38_143685_box_Incident_Summaries_101-172
Agency: Department of War
Page 120
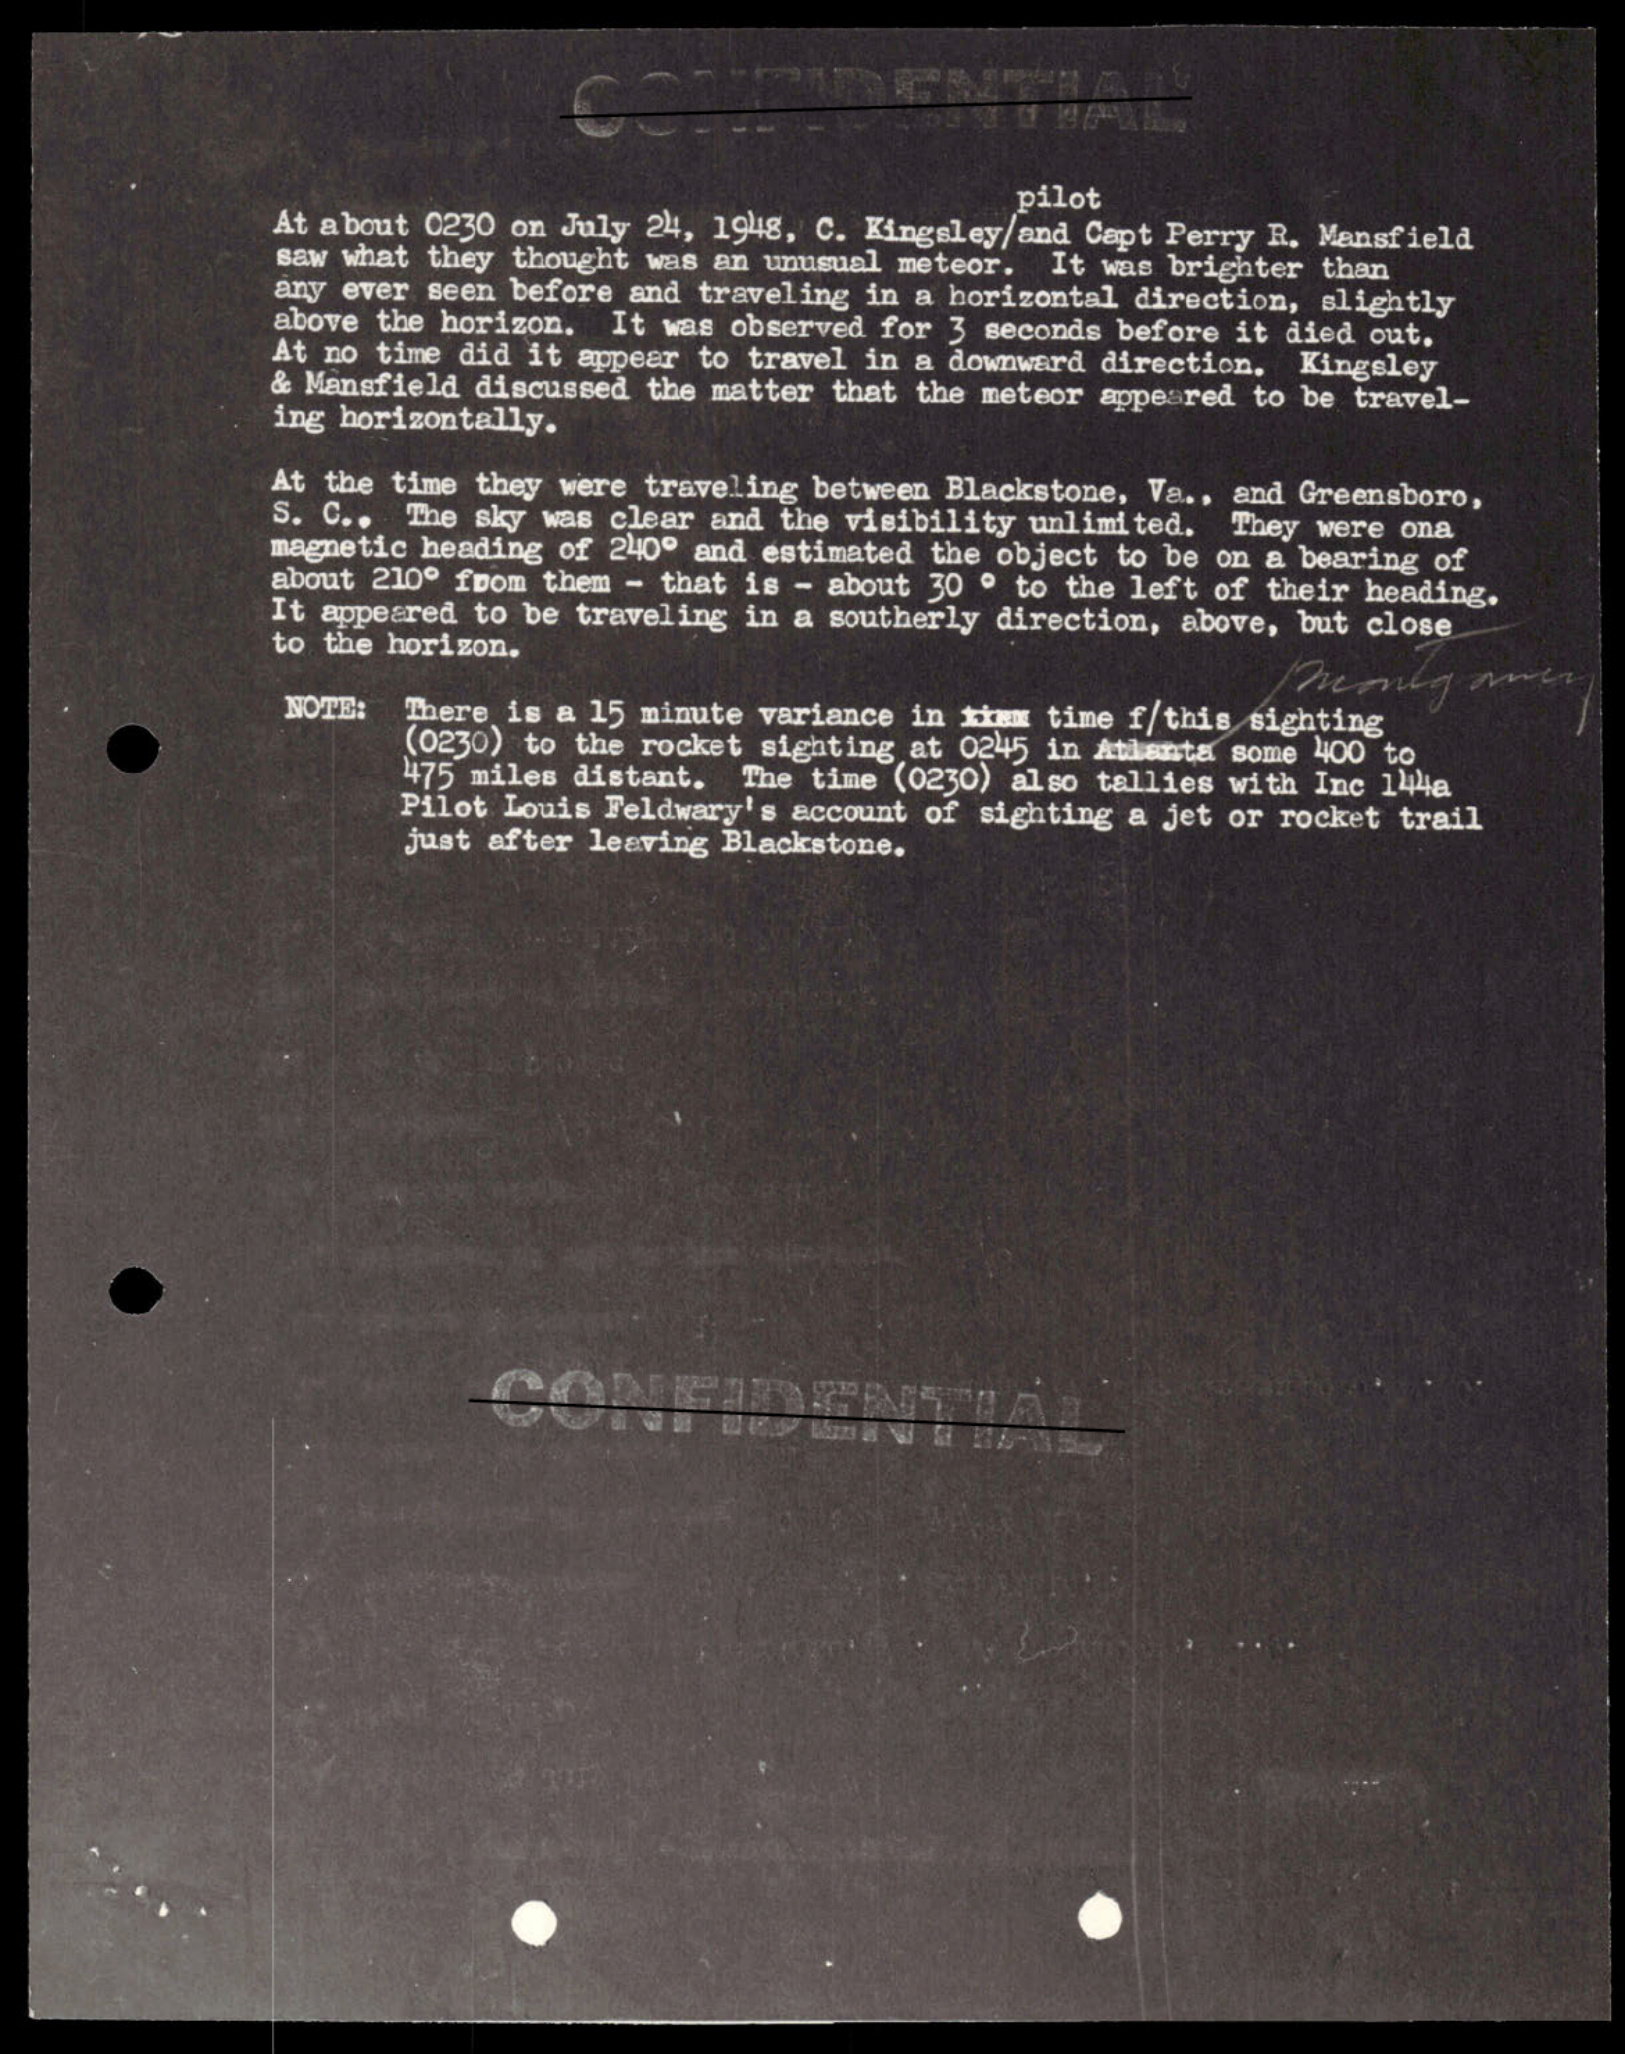